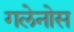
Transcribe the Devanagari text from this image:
गलेनोस